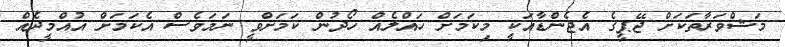
މަޝްވަރާތަކަށް ޖޭޕީގެ އެޖެންޑާއަކީ މިކަމަށް ހައްލެއް ހޯދުން ކަމަށްވީ ނަމަވެސް އެކަމަށް އުއްމީދެއް